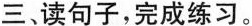
三、读句子，完成练习。